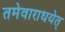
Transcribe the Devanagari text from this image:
तमेवाराधयेत्